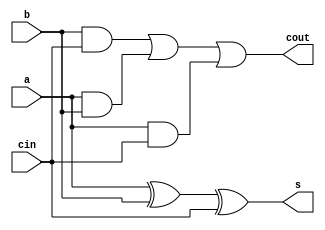
`timescale 1ns / 1ps
//////////////////////////////////////////////////////////////////////////////////
// Company: 
// Engineer: 
// 
// Design Name: 
// Module Name: full_adder
// Project Name: 
// Target Devices: 
// Tool Versions: 
// Description: 
// 
// Dependencies: 
// 
// Revision:
// Revision 0.01 - File Created
// Additional Comments:
// 
//////////////////////////////////////////////////////////////////////////////////


module full_adder(
    input a,
    input b,
    input cin,
    output s,
    output cout
    );
    assign s = (a^b) ^ cin;
    assign cout = (b&cin)| (a&b) | (a&cin);
endmodule